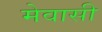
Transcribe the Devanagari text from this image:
मेवासी